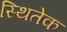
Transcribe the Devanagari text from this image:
स्थितेक